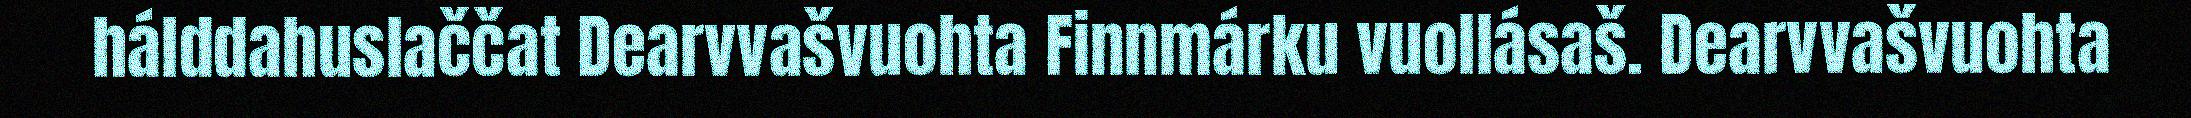
hálddahuslaččat Dearvvašvuohta Finnmárku vuollásaš. Dearvvašvuohta